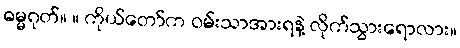
ဓမ္မဂုတ်။ ။ ကိုယ်တော်က ဝမ်းသာအားရနဲ့ လိုက်သွားရောလား။